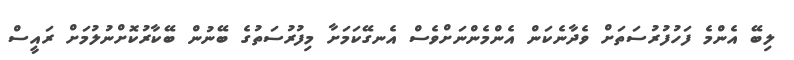
ލިބޭ އެންމެ ފަހުފުރުސަތަށް ވެދާނެކަން އެންމެންނަށްވެސް އެނގޭކަމަށާ މިފުރުސަތުގެ ބޭނުން ބޭކާރުކޮށްނުލުމަށް ރައީސް